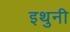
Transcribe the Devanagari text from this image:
इथुनी